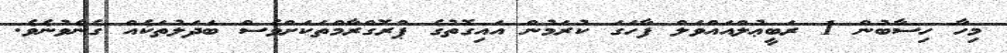
މިހާ ހިސާބުން 1 ރަބީޢުލްއައްވަލް ފާހަގަ ކުރަމުން އައިގޮތުގެ ޕްރޮގްރާމްތަކަށްވެސް ބަދަލުތަކެއް ގެނެވުނެވެ.